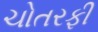
ચોતરફી